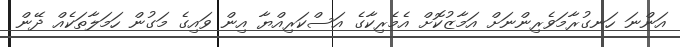
އަންނަ ހަނގުރާމަވެރިންނަށް އަމާޒުކޮށް އެމެރިކާގެ އަސްކަރިއްޔާ އިން ވައިގެ މަގުން ހަމަލާތަކެއް ދޭން